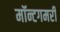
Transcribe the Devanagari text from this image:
मॉन्टगमरी